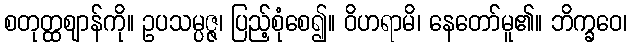
စတုတ္ထဈာန်ကို။ ဥပသမ္ပဇ္ဇ၊ ပြည့်စုံစေ၍။ ဝိဟရာမိ၊ နေတော်မူ၏။ ဘိက္ခဝေ၊